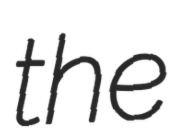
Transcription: the